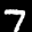
Label: 7